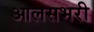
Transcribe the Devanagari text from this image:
आलसभरी